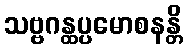
သဗ္ဗဂန္ထပ္ပမောစနန္တိ